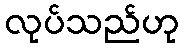
လုပ်သည်ဟု